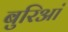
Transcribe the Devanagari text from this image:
बुरिआं